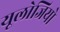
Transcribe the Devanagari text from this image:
यूलोजियो